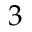
3